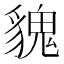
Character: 𩳏